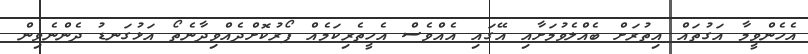
އެހެންވީމާ އަގުތައް އިތުރަށް ބެއްލެވުމަށާއި އޭގައި އެއްވެސް އެހީތެރިކަމެއް ފޯރުކޮށްދެއްވިދާނެތޯ އަޅުގަނޑު ދެންނެވިން